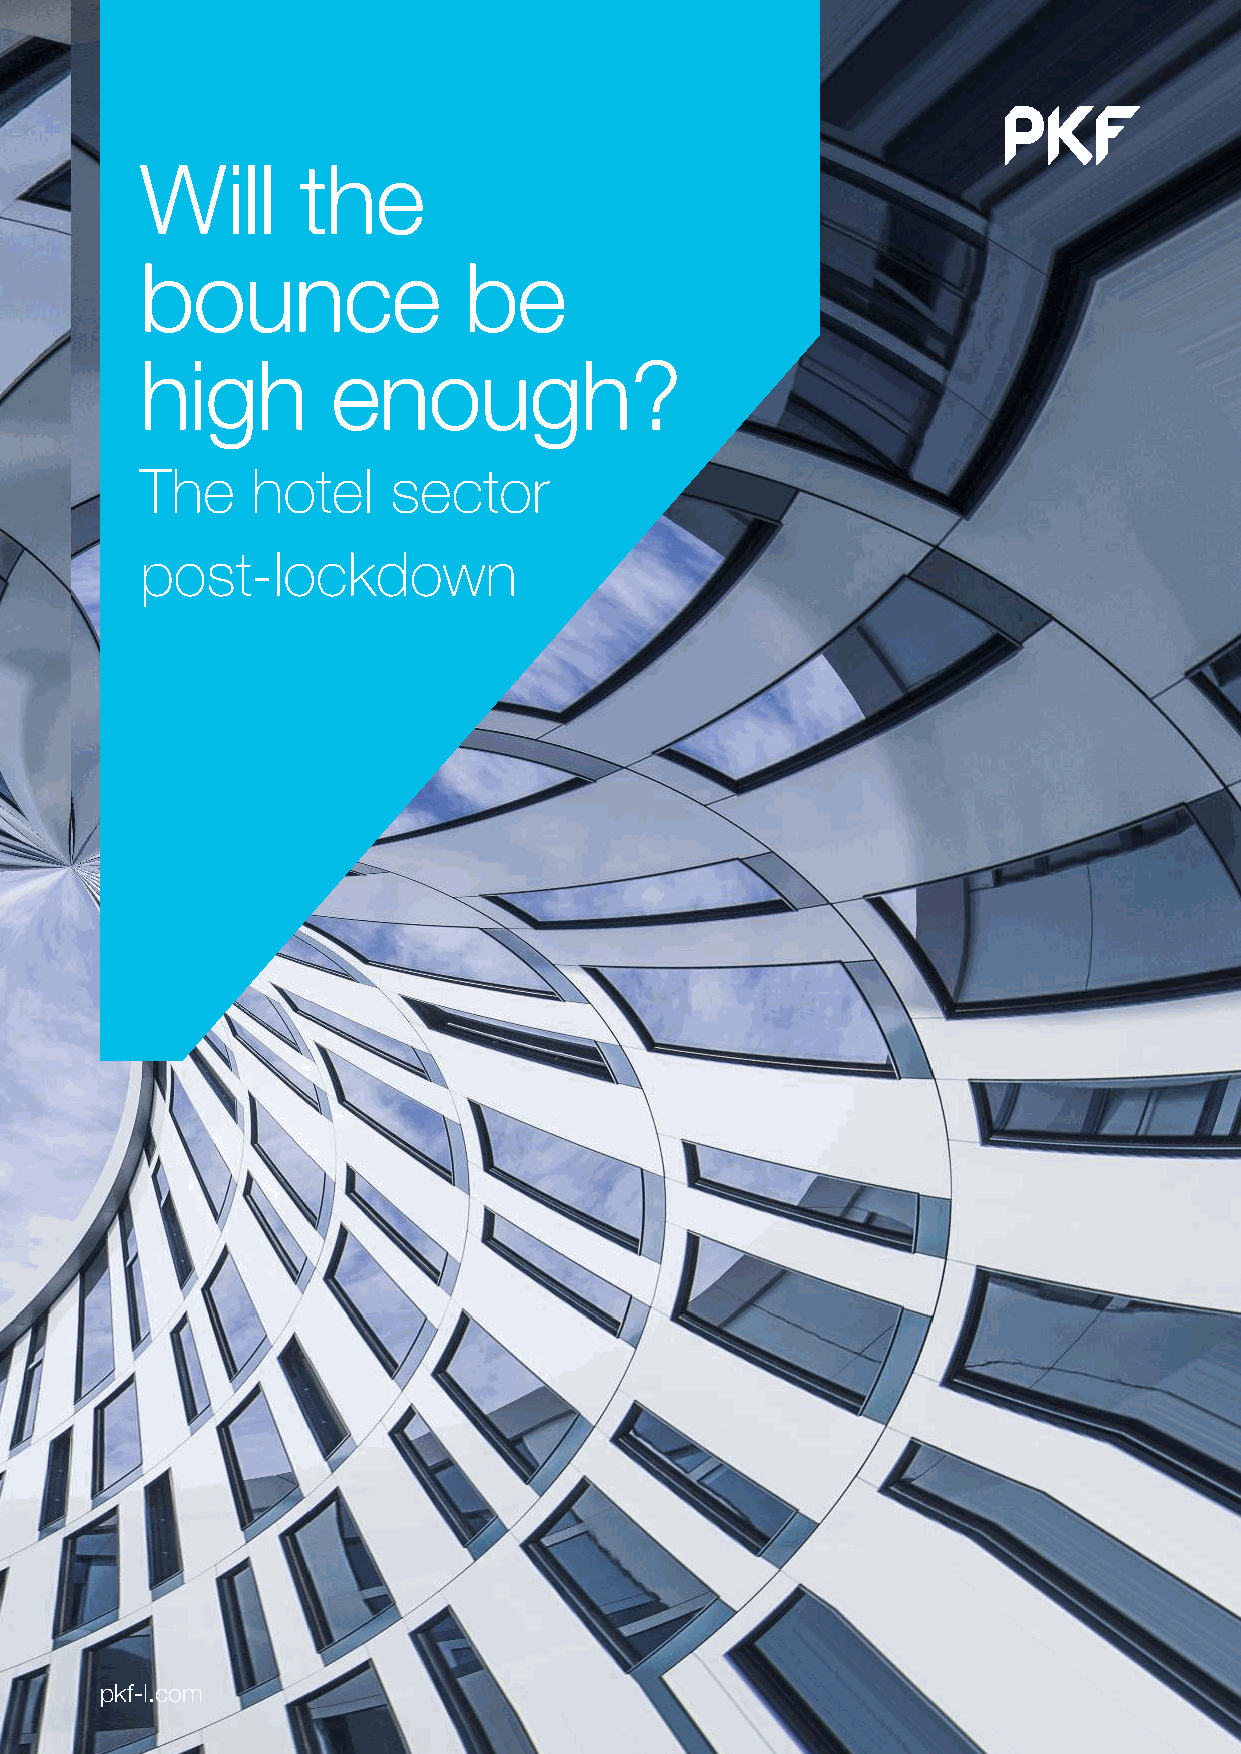
Will       the
 bounce                be
 high         enough?
 The     hotel    sector
 post-lockdown
 pkf-l.com